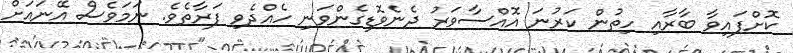
ކޮށްފައިވާ ބާރާއި ހިތުން ކަރުނަ އޮއްސާވަރު ދެނެވޮޑިގެންވަނި ހެއްދެވި ފަރާތެވެ. ނަމަވެސް އޭނައަށް